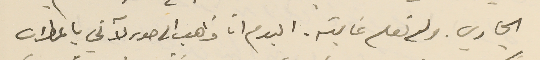
الجاري. ولم نعلم غايته. اليوم انا ذاهب الى صور لآتي بالمطران